NAE_EAOK_eestikeelsed_sunnimeetrikad, lk 210
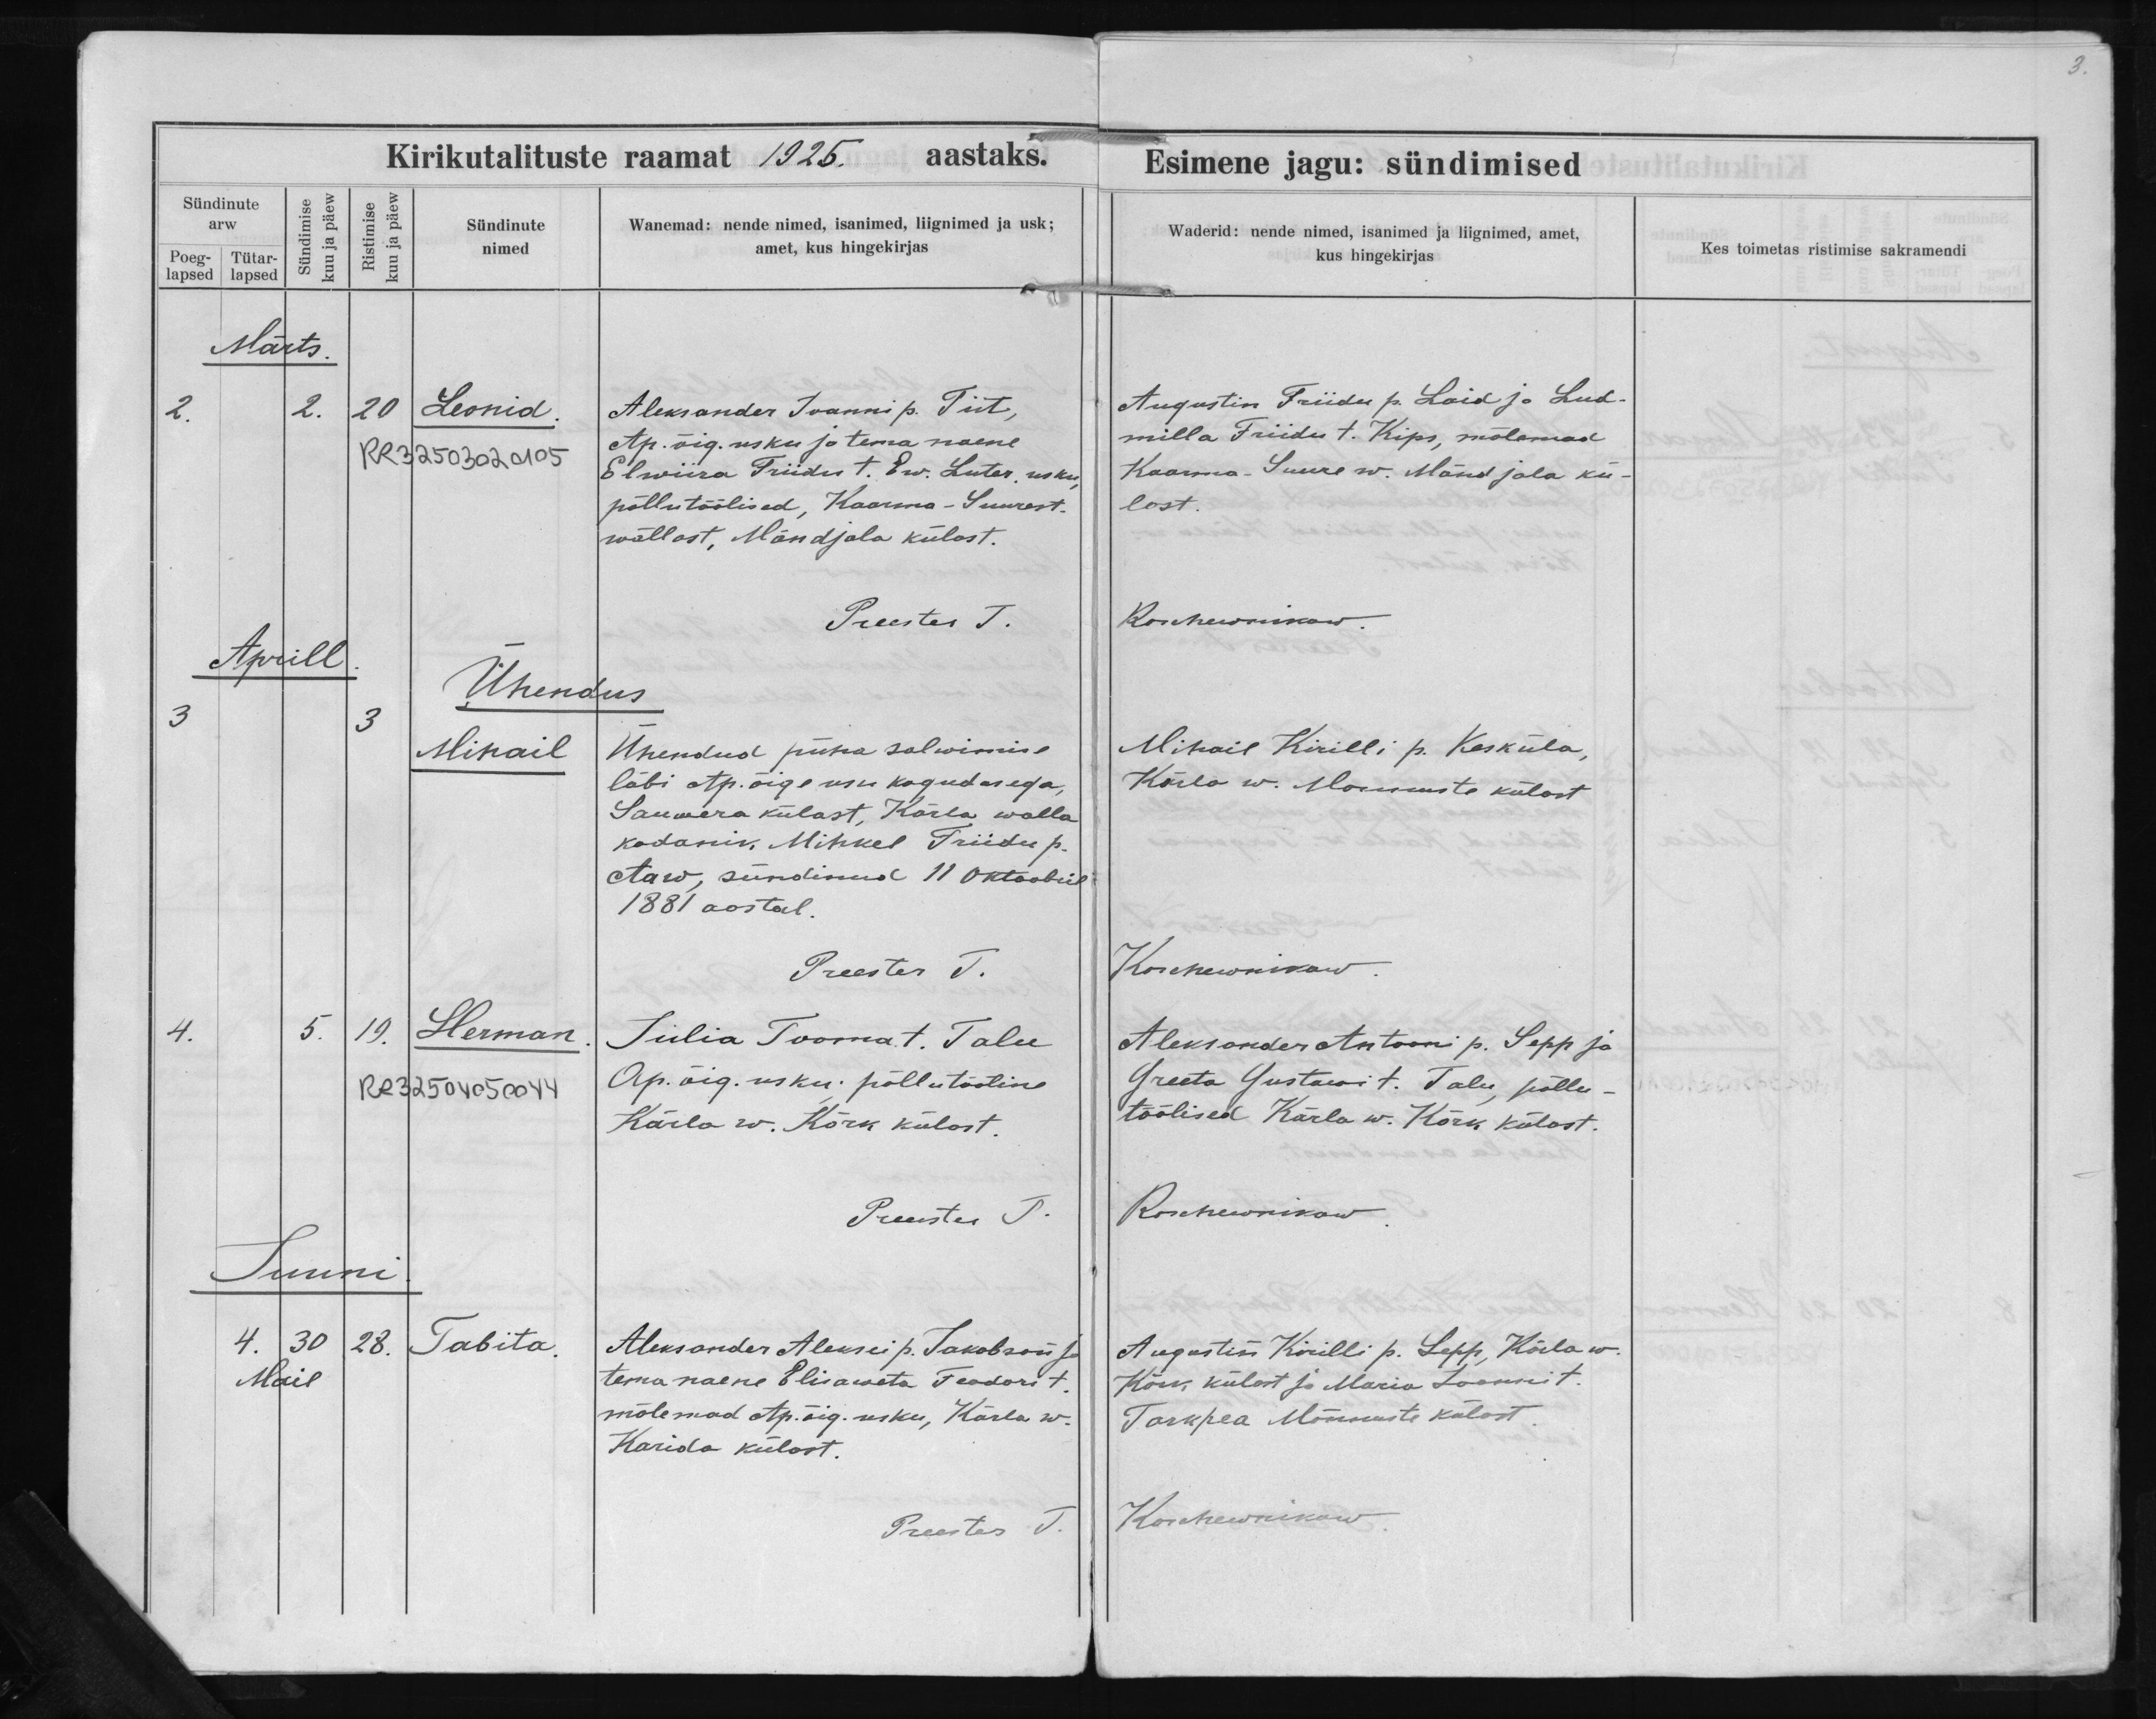
Leonid

Mihail

Herman

Tabita

Aleksander Joanni p. Tiit,
Ap. õig. usku ja tema naene
Elwiira Priidu t. Ew. Luter. usku,
põllutöölised, Kaarma-Suurest-
wallast, Mändjala külast.

Ühendud püha salvimise
läbi Ap. õigeusu kogudusega,
Sammera külast, Kärla walla
kodanik, Mihkel Priidu p.
Aaw, sündinud 11 oktoobril
1881 aastal.

Julia Tooma t. Talu
Ap. õig. usku; põllutööline
Kärla w. Kõrk külast.

Aleksander Aleksei p. Jakobson ja
tema naene Elisaveta Feodori t.
mõlemad Ap. õig. usku, Kärla w.
Karida külast.